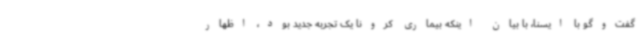
گفت‌وگو با ایسنا، با بیان اینکه بیماری کرونا یک تجربه جدید بود، اظهار